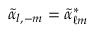
\widetilde \alpha _ { l , - m } = \widetilde \alpha _ { \ell m } ^ { * }